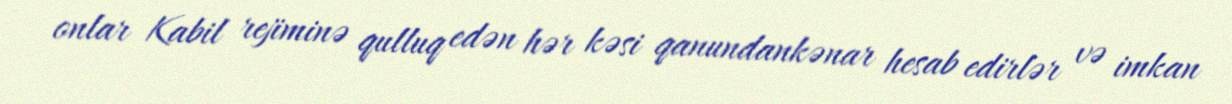
onlar Kabil rejiminə qulluq edən hər kəsi qanundankənar hesab edirlər və imkan